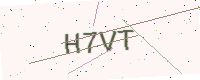
Text: H7VT